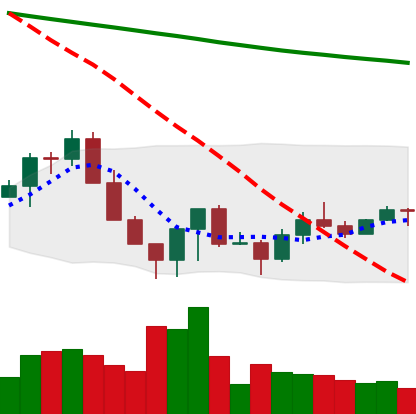
Ticker: LINK-USD
Chart end date: 2022-06-25
Forward return: -14.006%
Label: down_7plus